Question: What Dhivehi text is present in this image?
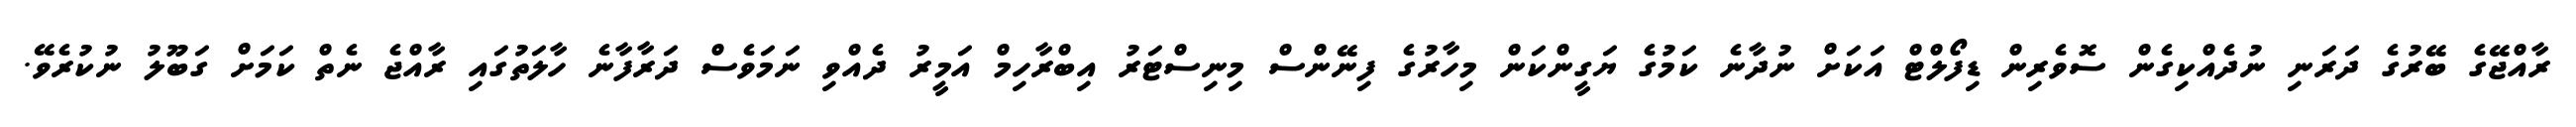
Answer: ރާއްޖޭގެ ބޭރުގެ ދަރަނި ނުދެއްކިގެން ސޮވެރިން ޑިފޯލްޓް އަކަށް ނުދާނެ ކަމުގެ ޔަގީންކަން މިހާރުގެ ފިނޭންސް މިނިސްޓަރު އިބްރާހިމް އަމީރު ދެއްވި ނަމަވެސް ދަރާފާނެ ހާލަތުގައި ރާއްޖެ ނެތް ކަމަށް ގަބޫލު ނުކުރެވޭ.